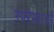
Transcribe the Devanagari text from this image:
उपरेखाओं